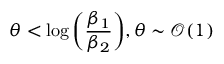
\theta < \qopname \relax o { l o g } { \left( \frac { \beta _ { 1 } } { \beta _ { 2 } } \right) } , \theta \sim \mathcal { O } ( 1 )